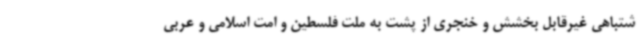
شتباهی غیرقابل بخشش و خنجری از پشت به ملت فلسطین و امت اسلامی و عربی